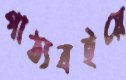
পাঠ্যবইয়ে